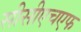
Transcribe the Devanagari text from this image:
सीसीएचएफ